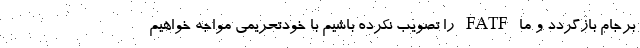
برجام بازگردد و ما FATF را تصویب نکرده باشیم با خودتحریمی مواجه خواهیم